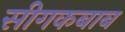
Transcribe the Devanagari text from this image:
सीगकबाब